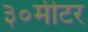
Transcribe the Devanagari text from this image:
३०मीटर